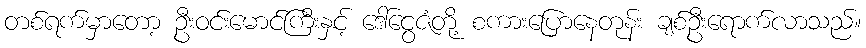
တစ်ရက်မှာတော့ ဦးဝင်းမောင်ကြီးနှင့် ဒေါ်ငွေဇံတို့ စကားပြောနေတုန်း ချစ်ဦးရောက်လာသည်။